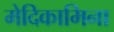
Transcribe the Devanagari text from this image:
मेदिकामिना